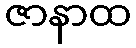
ဇာနာထ